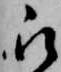
被